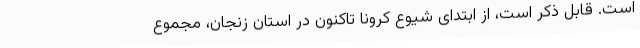
است. قابل ذکر است، از ابتدای شیوع کرونا تاکنون در استان زنجان، مجموع